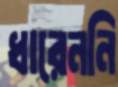
ধারেননি